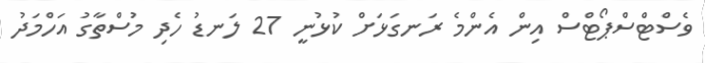
ވެސްޓްސްޕޯޓްސް އިން އެންމެ ރަނގަޅަށް ކުޅުނީ 27 ލަނޑު ހެދި މުސްތާގު އަހްމަދު